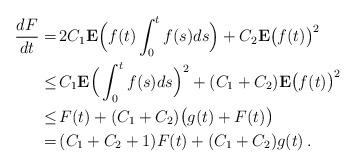
LaTeX: \begin{align*} \frac{dF}{dt} =&\, 2 C_1 \mathbf{E}\Big(f(t) \int_0^t f(s) ds\Big) + C_2 \mathbf{E} \big(f(t)\big)^2\\ \le&\, C_1 \mathbf{E}\Big(\int_0^t f(s) ds\Big)^2 + (C_1 + C_2) \mathbf{E} \big(f(t)\big)^2 \\ \le&\, F(t) + (C_1 + C_2) \big(g(t) + F(t)\big)\\ = &\, (C_1 + C_2 + 1) F(t) + (C_1 + C_2) g(t)\,. \end{align*}